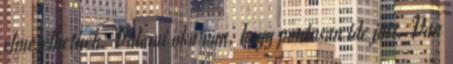
elmesélhetnék. Valami oka van, hogy pontosan ide jött. Van